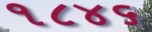
૧૮૪૬